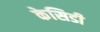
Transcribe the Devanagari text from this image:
केसिडी